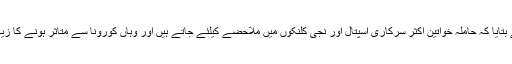
ڈاکٹر عبدالغنی نے بتایا کہ حاملہ خواتین اکثر سرکاری اسپتال اور نجی کلنکوں میں ملاحضے کیلئے جاتے ہیں اور وہاں کورونا سے متاثر ہونے کا زیادہ خطرہ رہتا ہے۔